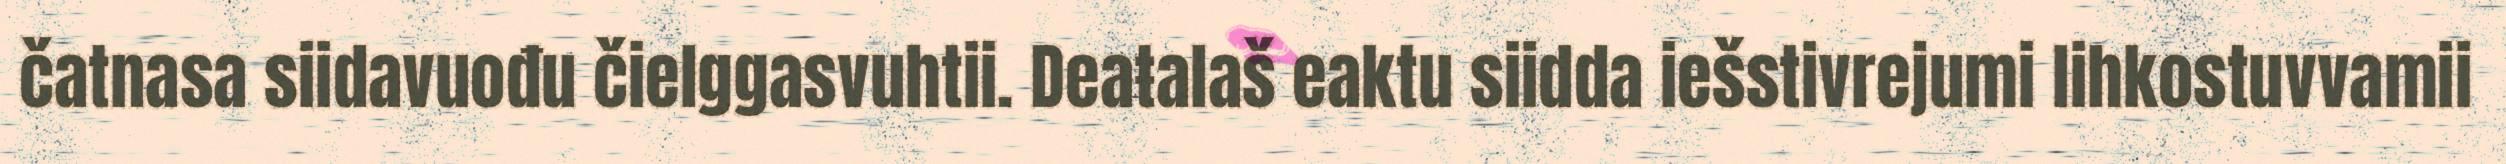
čatnasa siidavuođu čielggasvuhtii. Deaŧalaš eaktu siidda iešstivrejumi lihkostuvvamii